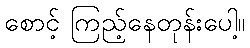
စောင့် ကြည့်နေတုန်းပေါ့။